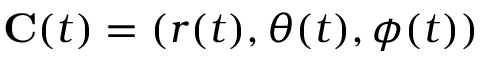
\mathbf { C } ( t ) = ( r ( t ) , \theta ( t ) , \phi ( t ) )